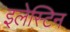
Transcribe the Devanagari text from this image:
इलेस्टिन